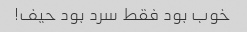
خوب بود فقط سرد بود حیف!